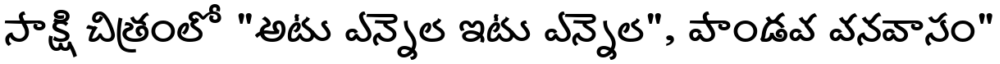
సాక్షి చిత్రంలో "అటు ఎన్నెల ఇటు ఎన్నెల", పాండవ వనవాసం"